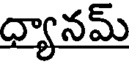
ధ్యానమ్